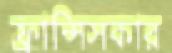
ফ্রান্সিসকার